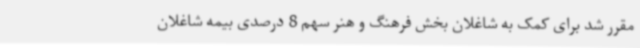
مقرر شد برای کمک به شاغلان بخش فرهنگ و هنر سهم 8 درصدی بیمه شاغلان